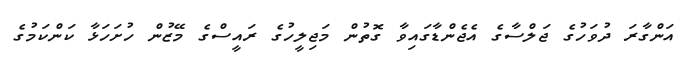
އަންގާރަ ދުވަހުގެ ޖަލްސާގެ އެޖެންޑާގައިވާ ގޮތުން މަޖިލީހުގެ ރައީސްގެ މޭޒުން ހުށަހަޅާ ކަންކަމުގެ